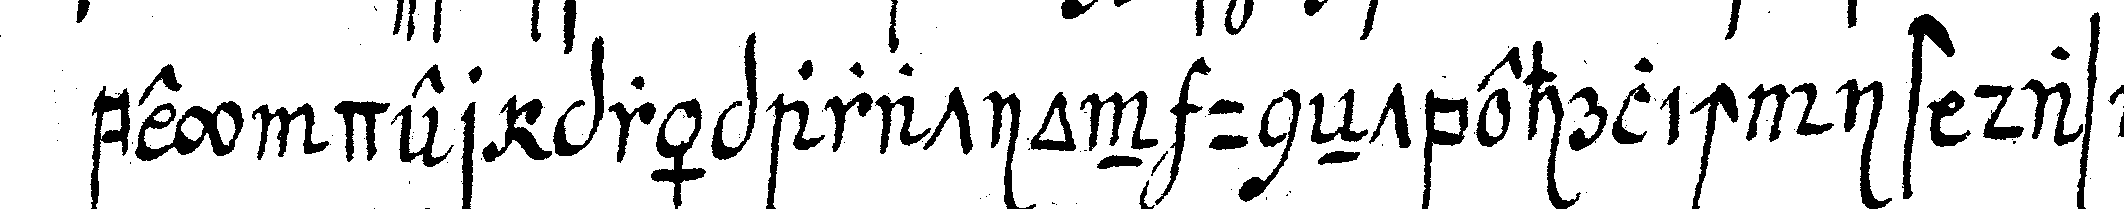
bey der präparation uneNtbehrlich ist das